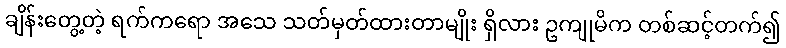
ချိန်းတွေ့တဲ့ ရက်ကရော အသေ သတ်မှတ်ထားတာမျိုး ရှိလား ဥကျုမိက တစ်ဆင့်တက်၍